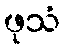
ဖုသံ